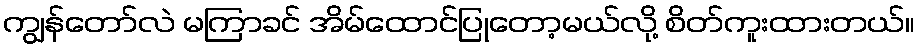
ကျွန်တော်လဲ မကြာခင် အိမ်ထောင်ပြုတော့မယ်လို့ စိတ်ကူးထားတယ်။